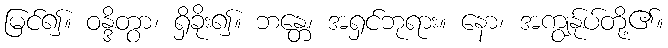
မြင်၍။ ဝန္ဒိတွာ၊ ရှိခိုး၍။ ဘန္တေ၊ အရှင်ဘုရား။ နော၊ အကျွန်ုပ်တို့၏။